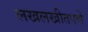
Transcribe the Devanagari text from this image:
लखलखीतपणे